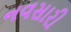
નવસારી